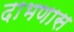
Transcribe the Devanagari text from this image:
दाभणास